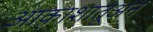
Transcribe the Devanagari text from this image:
आकाशातूअन